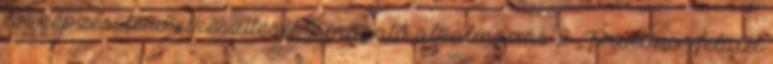
évi képzési terv elkészítését támogató alkalmazás 2 „Probono” felület